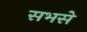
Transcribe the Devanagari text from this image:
सभसे